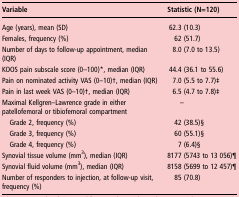
<table><thead><tr><td><b>Variable</b></td><td><b>Statistic (N=120)</b></td></tr></thead><tbody><tr><td>Age (years), mean (SD)</td><td>62.3 (10.3)</td></tr><tr><td>Females, frequency (%)</td><td>62 (51.7)</td></tr><tr><td>Number of days to follow-up appointment, median (IQR)</td><td>8.0 (7.0 to 13.5)</td></tr><tr><td>KOOS pain subscale score (0–100)*, median (IQR)</td><td>44.4 (36.1 to 55.6)</td></tr><tr><td>Pain on nominated activity VAS (0–10)†, median (IQR)</td><td>7.0 (5.5 to 7.7)‡</td></tr><tr><td>Pain in last week VAS (0–10)†, median (IQR)</td><td>6.5 (4.7 to 7.8)‡</td></tr><tr><td>Maximal Kellgren–Lawrence grade in either patellofemoral or tibiofemoral compartment</td><td>–</td></tr><tr><td> Grade 2, frequency (%)</td><td>42 (38.5)§</td></tr><tr><td> Grade 3, frequency (%)</td><td>60 (55.1)§</td></tr><tr><td> Grade 4, frequency (%)</td><td>7 (6.4)§</td></tr><tr><td>Synovial tissue volume (mm<sup>3</sup>), median (IQR)</td><td>8177 (5743 to 13 056)¶</td></tr><tr><td>Synovial fluid volume (mm<sup>3</sup>), median (IQR)</td><td>8158 (5699 to 12 457)¶</td></tr><tr><td>Number of responders to injection, at follow-up visit, frequency (%)</td><td>85 (70.8)</td></tr></tbody></table>